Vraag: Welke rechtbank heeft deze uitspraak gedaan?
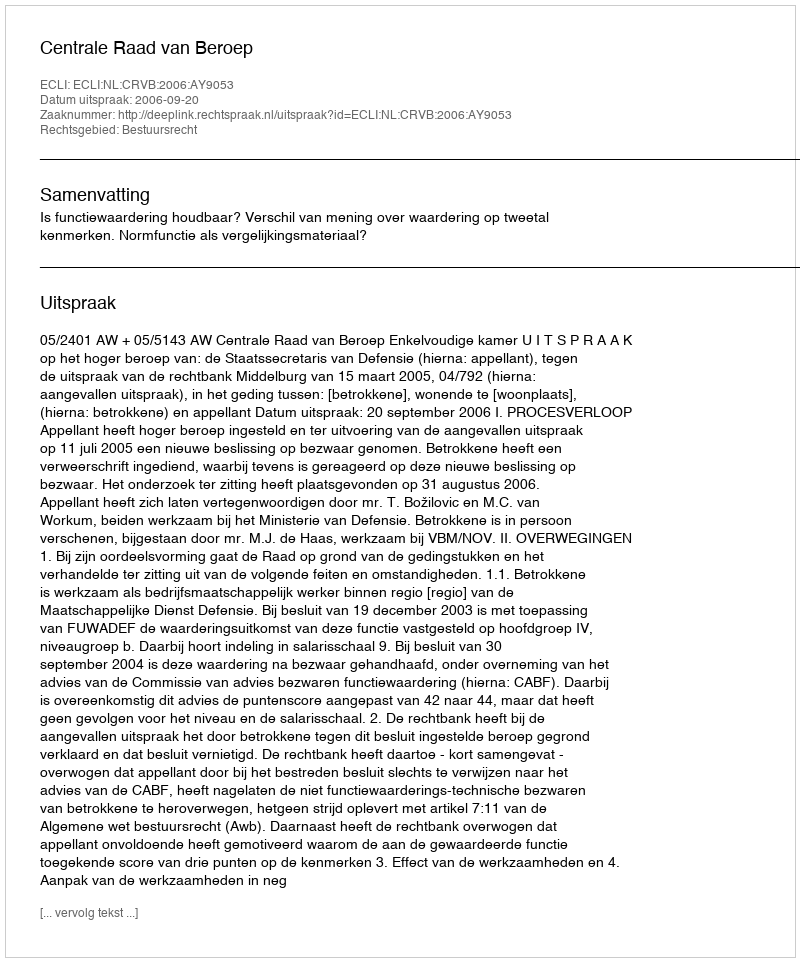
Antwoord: Centrale Raad van Beroep